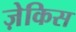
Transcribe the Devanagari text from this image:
ज़ेकिस